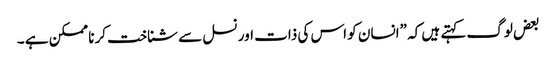
بعض لوگ کہتے ہیں کہ ”انسان کو اس کی ذات اور نسل سے شناخت کرنا ممکن ہے ۔